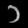
Digit: ၁